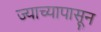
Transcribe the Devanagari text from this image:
ज्याच्यापासून